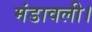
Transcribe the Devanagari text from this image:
मंडावली।